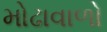
મોઢાવાળો